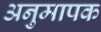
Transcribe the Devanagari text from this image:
अनुमापक